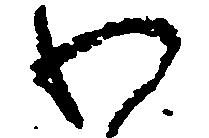
わ